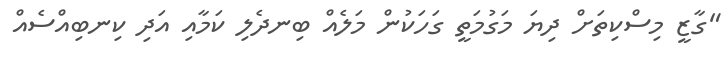
"ގާޒީ މިސްކިތަށް ދިޔަ މަގުމަތީ ގަހަކުން މަލެއް ބިނދެލި ކަމާއި އަދި ކިނބިއްސެއް